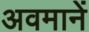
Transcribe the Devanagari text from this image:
अवमानें